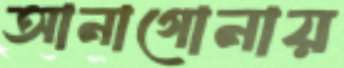
আনাগোনায়